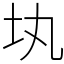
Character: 𡉕